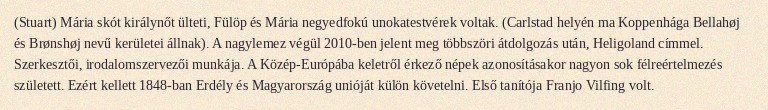
(Stuart) Mária skót királynőt ülteti, Fülöp és Mária negyedfokú unokatestvérek voltak. (Carlstad helyén ma Koppenhága Bellahøj és Brønshøj nevű kerületei állnak). A nagylemez végül 2010-ben jelent meg többszöri átdolgozás után, Heligoland címmel. Szerkesztői, irodalomszervezői munkája. A Közép-Európába keletről érkező népek azonosításakor nagyon sok félreértelmezés született. Ezért kellett 1848-ban Erdély és Magyarország unióját külön követelni. Első tanítója Franjo Vilfing volt.